Scottish Leaving Certificate Examination, 1958
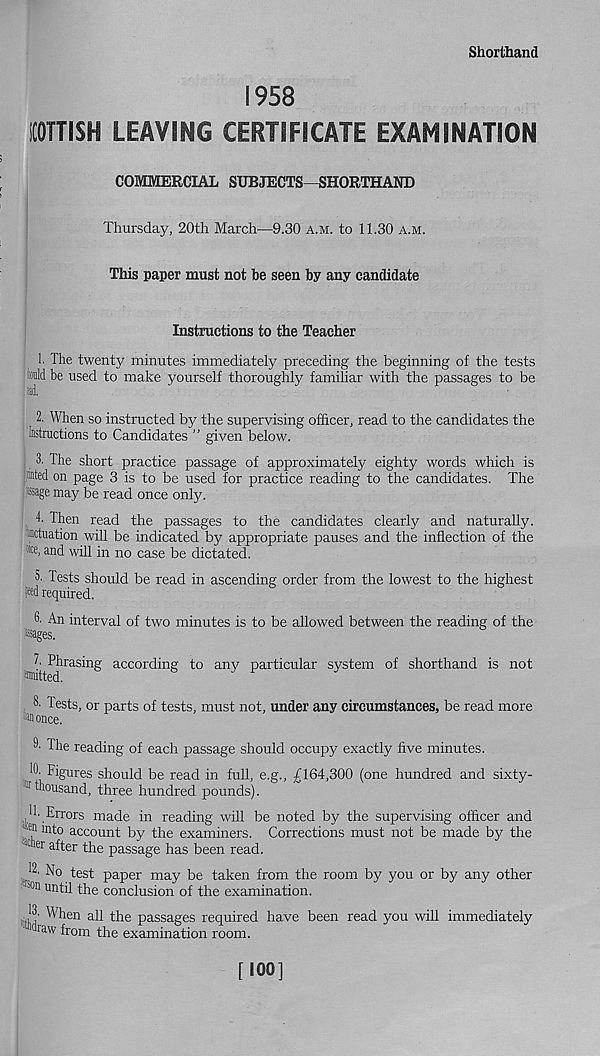
Shorthand
1958
SCOTTISH LEAVING CERTIFICATE EXAMINATION
COMMERCIAL SUBJECTS—SHORTHAND
Thursday, 20th March—9.30 a.m. to 11.30 a.m.
This paper must not be seen by any candidate
■
Instructions to the Teacher
1. The twenty minutes immediately preceding the beginning of the tests
mid be used to make yourself thoroughly familiar with the passages to be
ad.
2. When so instructed by the supervising officer, read to the candidates the
Instructions to Candidates ” given below.
3. The short practice passage of approximately eighty words which is
mted on page 3 is to be used for practice reading to the candidates. The
Sage may be read once only.
4. Then read the passages to the candidates clearly and naturally,
actuation will be indicated by appropriate pauses and the inflection of the
w, and will in no case be dictated.
5. Tests should be read in ascending order from the lowest to the highest
Pd required.
An interval of two minutes is to be allowed between the reading of the
•Sages.
^Phrasing according to any particular system of shorthand is not
8 ' Tests, or parts of tests, must not, under any circumstances, be read more
once.
The reading of each passage should occupy exactly five minutes.
W. Figures should be read in full, e.g., £164,300 (one hundred and sixty-
lr thousand, three hundred pounds).
1 11- Errors made in reading will be noted by the supervising officer and
;‘® m to account by the examiners. Corrections must not be made by the
JC oer after the passage has been read.
J2. No test paper may be taken from the room by you or by any other
■ s°n until the conclusion of the examination.
13. When all the passages required have been read you will immediately
raw from the examination room.
[100]